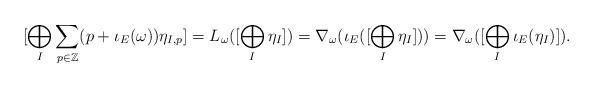
LaTeX: \begin{align*}[\bigoplus_{I} \sum_{p \in \mathbb{Z}} (p + \iota_{E}(\omega))\eta_{I,p}] = L_{\omega}([\bigoplus_{I} \eta_{I}]) = \nabla_{\omega}(\iota_{E}([\bigoplus_{I} \eta_{I}])) = \nabla_{\omega}([\bigoplus_{I} \iota_{E}(\eta_{I})]).\end{align*}